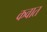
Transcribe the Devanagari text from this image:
कवात